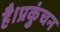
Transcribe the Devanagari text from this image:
है।प्रकुंचन